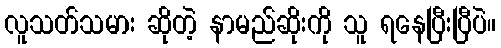
လူသတ်သမား ဆိုတဲ့ နာမည်ဆိုးကို သူ ရနေပြီးပြီပဲ။